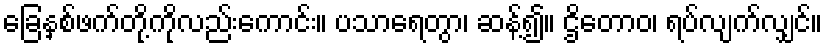
ခြေနှစ်ဖက်တို့ကိုလည်းကောင်း။ ပသာရေတွာ၊ ဆန့်၍။ ဌိတောဝ၊ ရပ်လျက်လျှင်။